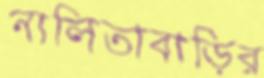
নালিতাবাড়ির